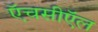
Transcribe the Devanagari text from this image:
ऍचसीऍल